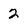
Character: 2